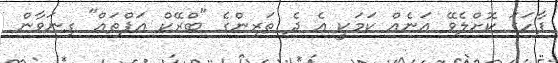
ފާހަގަ ކޮށްލެވޭ އަނެއް ކަމަކީ އެ ދެ ތަރިންގެ "ބްރޭކް އަޕްތައް" ގިނަވާން